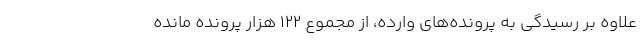
علاوه بر رسیدگی به پرونده‌های وارده، از مجموع ۱۲۲ هزار پرونده مانده